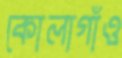
কোলাগাঁও